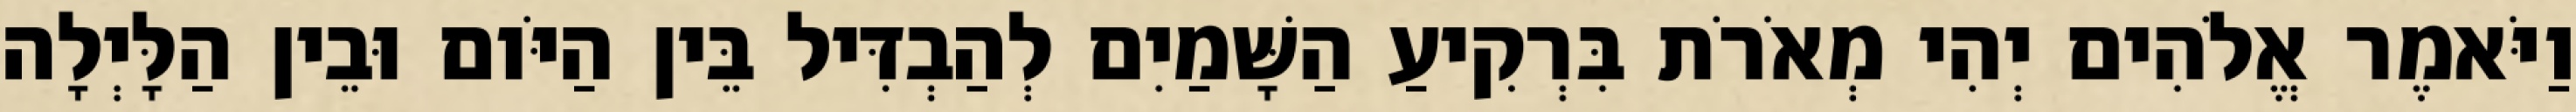
וַיֹּאמֶר אֱלֹהִים יְהִי מְאֹרֹת בִּרְקִיעַ הַשָּׁמַיִם לְהַבְדִּיל בֵּין הַיֹּום וּבֵין הַלָּיְלָה